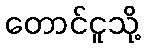
တောင်ငူသို့